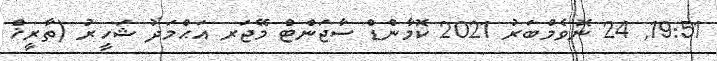
19:51